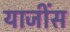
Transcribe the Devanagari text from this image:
याजींस